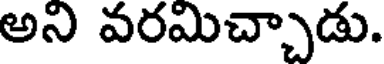
అని వరమిచ్చాడు.